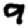
Digit: 9